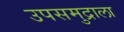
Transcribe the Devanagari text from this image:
उपसमुद्राला